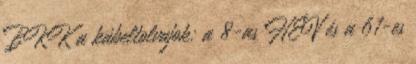
BKK a kábeltolvajok: a 8-as HÉV és a 61-es